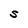
Character: S